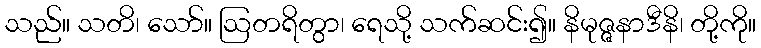
သည်။ သတိ၊ သော်။ ဩတရိတွာ၊ ရေသို့ သက်ဆင်း၍။ နိမုဇ္ဇနာဒီနိ၊ တို့ကို။